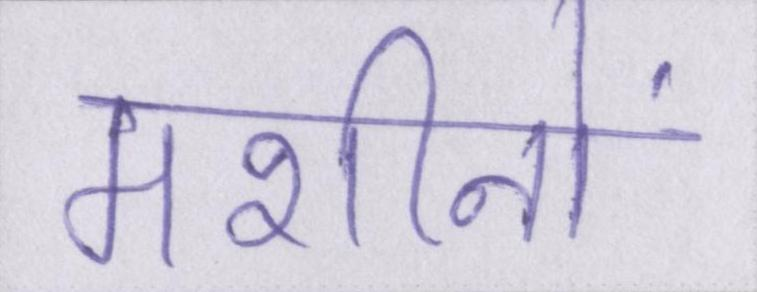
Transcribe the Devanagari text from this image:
मशीनों